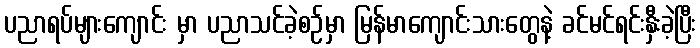
ပညာရပ်များကျောင်း မှာ ပညာသင်ခဲ့စဉ်မှာ မြန်မာကျောင်းသားတွေနဲ့ ခင်မင်ရင်းနှီးခဲ့ပြီး